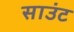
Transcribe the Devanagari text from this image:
साउंट